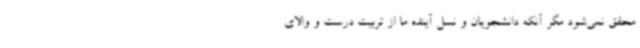
محقق نمی‌شود مگر آنکه دانشجویان و نسل آینده ما از تربیت درست و والای